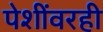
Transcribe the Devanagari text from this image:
पेशींवरही